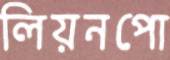
লিয়নপো